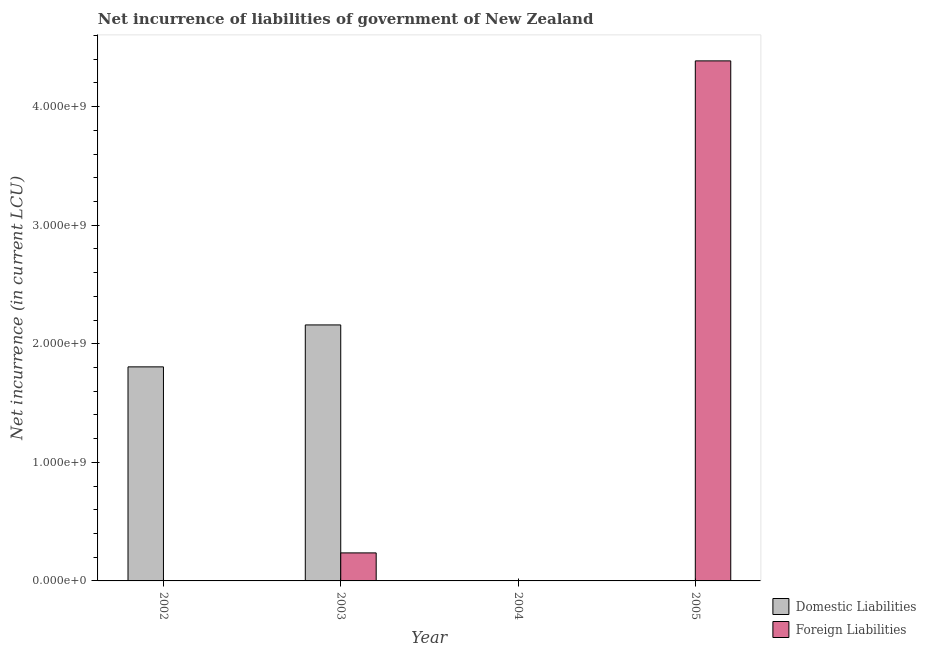
| Year | Domestic Liabilities | Foreign Liabilities |
 | --- | --- | --- |
 | 2002 | 1.81e+09 | -1.31e+09 |
 | 2003 | 2.16e+09 | 2.36e+08 |
 | 2004 | -5.26e+08 | -4.14e+08 |
 | 2005 | -2.72e+09 | 4.39e+09 |